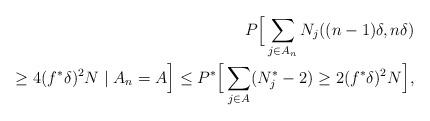
LaTeX: \begin{align*}P\Big[ \sum_{j\in A_n} N_j((n-1)\delta,n\delta)\\ \ge 4 (f^*\delta)^2 N\;|\; A_n =A \Big]\le P^*\Big[ \sum_{j\in A}( N^*_j-2) \ge 2 (f^*\delta)^2 N \Big] , \end{align*}